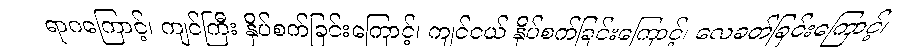
ရာဂကြောင့်၊ ကျင်ကြီး နှိပ်စက်ခြင်းကြောင့်၊ ကျင်ငယ် နှိပ်စက်ခြင်းကြောင့်၊ လေခတ်ခြင်းကြောင့်၊